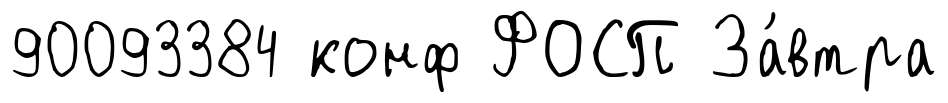
90093384 конф ФОСП За́втра